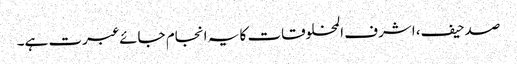
صدحیف، اشرف المخلوقات کا یہ انجام جائے عبرت ہے۔